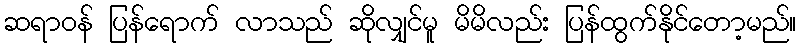
ဆရာဝန် ပြန်ရောက် လာသည် ဆိုလျှင်မူ မိမိလည်း ပြန်ထွက်နိုင်တော့မည်။